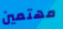
مهتمين